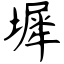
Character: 墀